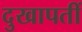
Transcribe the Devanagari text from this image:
दुखापतीं